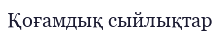
Қоғамдық сыйлықтар